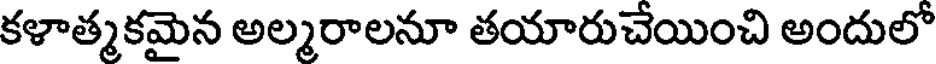
కళాత్మకమైన అల్మరాలనూ తయారుచేయించి అందులో